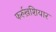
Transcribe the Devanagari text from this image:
फर्रुख़शियार